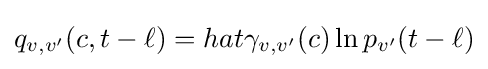
q_{v,v^{\prime }}(c,t-\ell )=hat{\gamma }_{v,v^{\prime }}(c)\ln p_{v^{\prime }}(t-\ell )